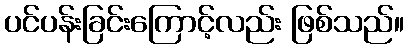
ပင်ပန်းခြင်းကြောင့်လည်း ဖြစ်သည်။